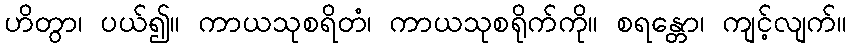
ဟိတွာ၊ ပယ်၍။ ကာယသုစရိတံ၊ ကာယသုစရိုက်ကို။ စရန္တော၊ ကျင့်လျက်။